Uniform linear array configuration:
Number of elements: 8
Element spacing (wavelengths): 0.75
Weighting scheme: exponential
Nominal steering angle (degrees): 30
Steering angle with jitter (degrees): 30.549
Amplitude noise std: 0.05
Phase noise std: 0.05

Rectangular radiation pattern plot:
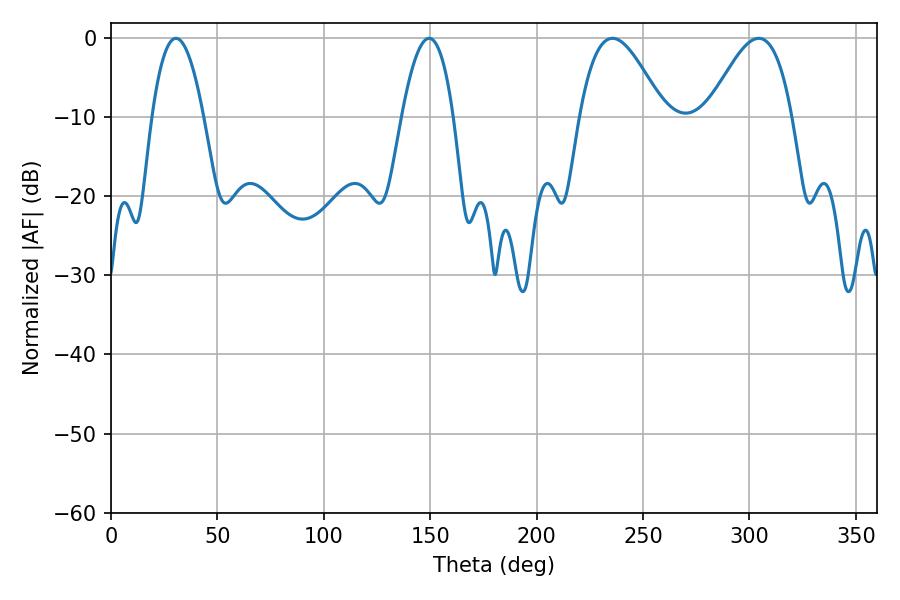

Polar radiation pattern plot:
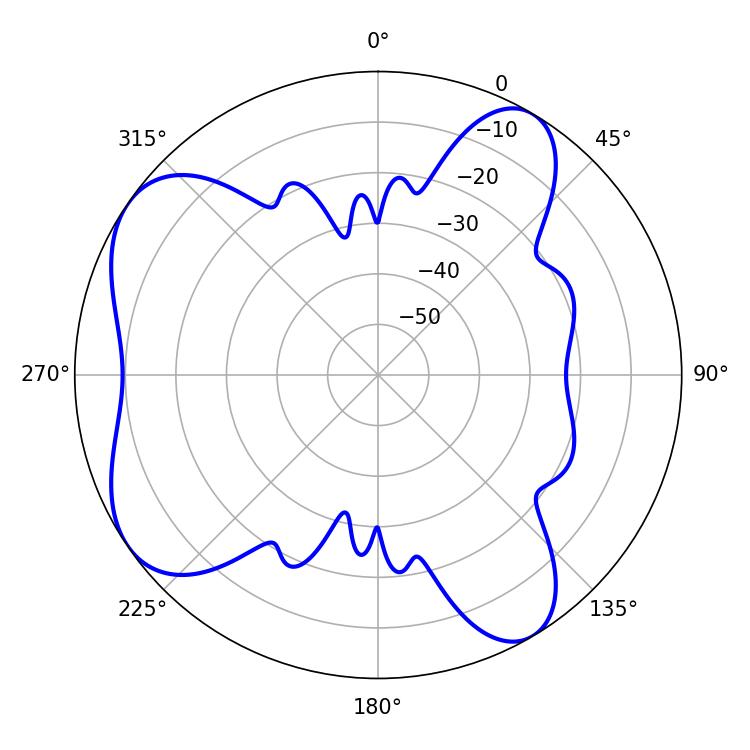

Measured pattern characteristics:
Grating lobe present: TRUE
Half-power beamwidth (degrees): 21.42
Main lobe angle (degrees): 304.38